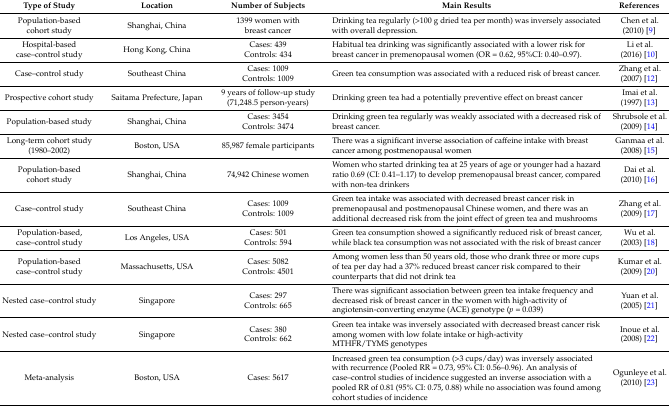
<table><thead><tr><td><b>Type of Study</b></td><td><b>Location</b></td><td><b>Number of Subjects</b></td><td><b>Main Results</b></td><td><b>References</b></td></tr></thead><tbody><tr><td>Population-based cohort study</td><td>Shanghai, China</td><td>1399 women with breast cancer</td><td>Drinking tea regularly (&gt;100 g dried tea per month) was inversely associated with overall depression.</td><td>Chen et al. (2010) [9]</td></tr><tr><td>Hospital-based case–control study</td><td>Hong Kong, China</td><td>Cases: 439 Controls: 434</td><td>Habitual tea drinking was significantly associated with a lower risk for breast cancer in premenopausal women (OR = 0.62, 95%CI: 0.40–0.97).</td><td>Li et al. (2016) [10]</td></tr><tr><td>Case–control study</td><td>Southeast China</td><td>Cases: 1009 Controls: 1009</td><td>Green tea consumption was associated with a reduced risk of breast cancer.</td><td>Zhang et al. (2007) [12]</td></tr><tr><td>Prospective cohort study</td><td>Saitama Prefecture, Japan</td><td>9 years of follow-up study (71,248.5 person-years)</td><td>Drinking green tea had a potentially preventive effect on breast cancer</td><td>Imai et al. (1997) [13]</td></tr><tr><td>Population-based study</td><td>Shanghai, China</td><td>Cases: 3454 Controls: 3474</td><td>Drinking green tea regularly was weakly associated with a decreased risk of breast cancer.</td><td>Shrubsole et al. (2009) [14]</td></tr><tr><td>Long-term cohort study (1980–2002)</td><td>Boston, USA</td><td>85,987 female participants</td><td>There was a significant inverse association of caffeine intake with breast cancer among postmenopausal women</td><td>Ganmaa et al. (2008) [15]</td></tr><tr><td>Population-based cohort study</td><td>Shanghai, China</td><td>74,942 Chinese women</td><td>Women who started drinking tea at 25 years of age or younger had a hazard ratio 0.69 (CI: 0.41–1.17) to develop premenopausal breast cancer, compared with non-tea drinkers</td><td>Dai et al. (2010) [16]</td></tr><tr><td>Case–control study</td><td>Southeast China</td><td>Cases: 1009 Controls: 1009</td><td>Green tea intake was associated with decreased breast cancer risk in premenopausal and postmenopausal Chinese women, and there was an additional decreased risk from the joint effect of green tea and mushrooms</td><td>Zhang et al. (2009) [17]</td></tr><tr><td>Population-based, case–control study</td><td>Los Angeles, USA</td><td>Cases: 501 Controls: 594</td><td>Green tea consumption showed a significantly reduced risk of breast cancer, while black tea consumption was not associated with the risk of breast cancer</td><td>Wu et al. (2003) [18]</td></tr><tr><td>Population-based case–control study</td><td>Massachusetts, USA</td><td>Cases: 5082 Controls: 4501</td><td>Among women less than 50 years old, those who drank three or more cups of tea per day had a 37% reduced breast cancer risk compared to their counterparts that did not drink tea</td><td>Kumar et al. (2009) [20]</td></tr><tr><td>Nested case–control study</td><td>Singapore</td><td>Cases: 297 Controls: 665</td><td>There was significant association between green tea intake frequency and decreased risk of breast cancer in the women with high-activity of angiotensin-converting enzyme (ACE) genotype (<i>p</i> = 0.039)</td><td>Yuan et al. (2005) [21]</td></tr><tr><td>Nested case–control study</td><td>Singapore</td><td>Cases: 380 Controls: 662</td><td>Green tea intake was inversely associated with decreased breast cancer risk among women with low folate intake or high-activity MTHFR/TYMS genotypes </td><td>Inoue et al. (2008) [22]</td></tr><tr><td>Meta-analysis</td><td>Boston, USA</td><td>Cases: 5617 </td><td>Increased green tea consumption (&gt;3 cups/day) was inversely associated with recurrence (Pooled RR = 0.73, 95% CI: 0.56–0.96). An analysis of case–control studies of incidence suggested an inverse association with a pooled RR of 0.81 (95% CI: 0.75, 0.88) while no association was found among cohort studies of incidence</td><td>Ogunleye et al. (2010) [23]</td></tr></tbody></table>